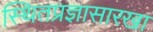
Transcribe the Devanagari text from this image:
स्थितप्रज्ञासारखा